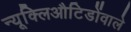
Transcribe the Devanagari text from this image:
न्यूक्लिऔटिडोंवाले